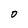
Character: O